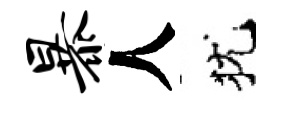
暴人犹